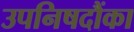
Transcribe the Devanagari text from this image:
उपनिषदौंका